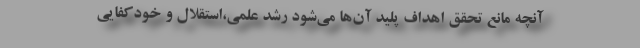
آنچه مانع تحقق اهداف پلید آن‌ها می‌شود رشد علمی،استقلال و خودکفایی